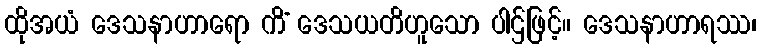
ထိုအယံ ဒေသနာဟာရော ကိံ ဒေသယတိဟူသော ပါဌ်ဖြင့်။ ဒေသနာဟာရဿ၊